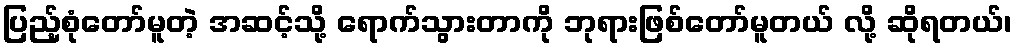
ပြည့်စုံတော်မူတဲ့ အဆင့်သို့ ရောက်သွားတာကို ဘုရားဖြစ်တော်မူတယ် လို့ ဆိုရတယ်၊